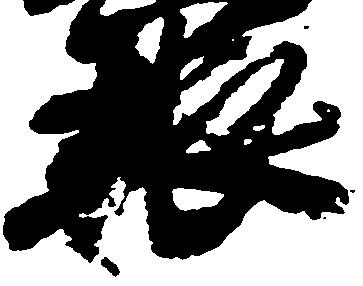
粮